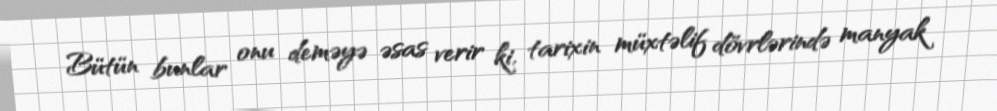
Bütün bunlar onu deməyə əsas verir ki, tarixin müxtəlif dövrlərində manyak